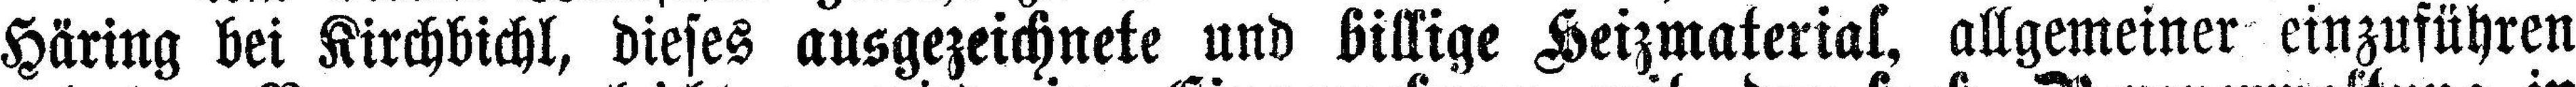
Häring bei Kirchbichl, dieses ausgezeichnete und billige Heizmaterial, allgemeiner einzuführen